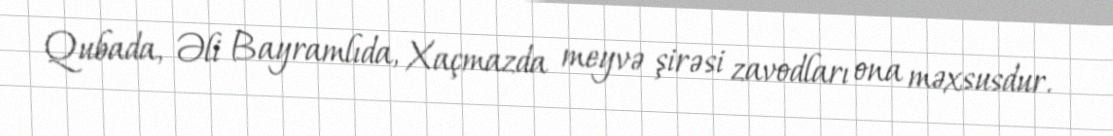
Qubada, Əli Bayramlıda, Xaçmazda meyvə şirəsi zavodları ona məxsusdur.